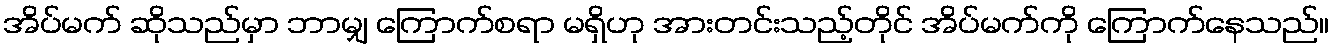
အိပ်မက် ဆိုသည်မှာ ဘာမျှ ကြောက်စရာ မရှိဟု အားတင်းသည့်တိုင် အိပ်မက်ကို ကြောက်နေသည်။